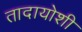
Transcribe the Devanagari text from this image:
तादायोशी